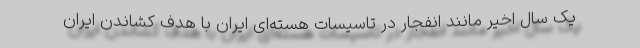
یک سال اخیر مانند انفجار در تاسیسات هسته‌ای ایران با هدف کشاندن ایران